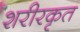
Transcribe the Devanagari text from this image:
शरीरकृत